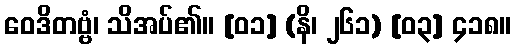
ဝေဒိတဗ္ဗံ၊ သိအပ်၏။ [၀၁] (နိ၊ ၂၆၁) [၀၃] ၄၁၈။